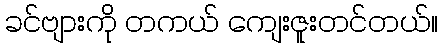
ခင်ဗျားကို တကယ် ကျေးဇူးတင်တယ်။